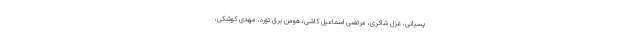
پسیانی، غزل شاکری، مرتضی اسماعیل کاشی، هومن برق نورد، مهدی کوشکی،